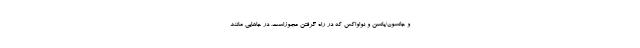
و جانسون/یانسن و نُواواکس که در راه گرفتن مجوزاست. در جاهایی مانند